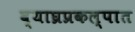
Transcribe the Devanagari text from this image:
व्याघ्रप्रकल्पात